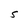
Character: S